Triennial report on the lunatic asylums in the province of Eastern Bengal and Assam - 1903-1911
Year: 1903
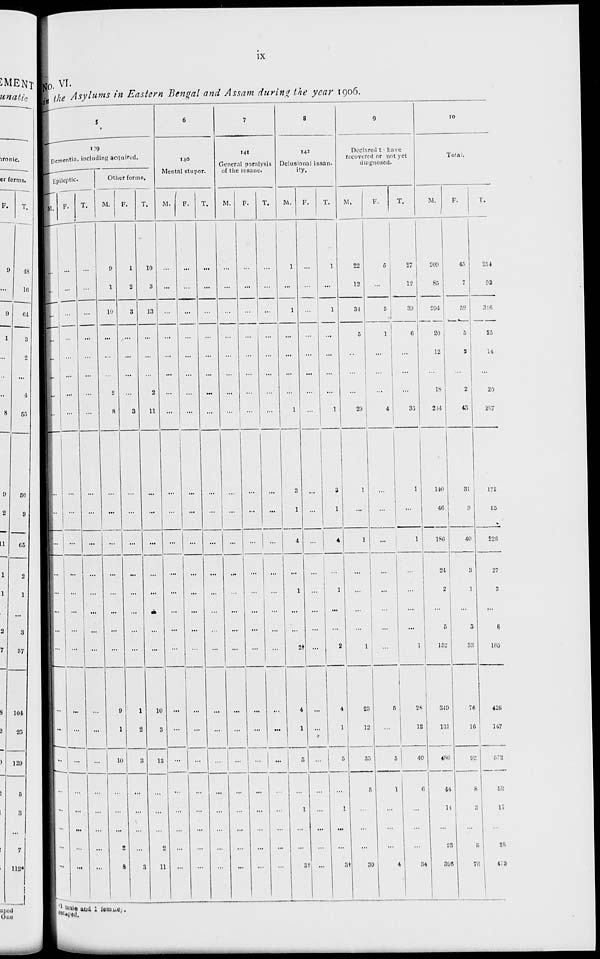
ix
No. VI.
in the Asylums in Eastern Bengal and Assam during the year 1906.
5
139
Dementia, including acquired.
Epileptic.
M.
...
...
...
...
...
...
...
...
...
...
...
...
...
...
...
...
...
...
...
...
...
...
...
...
F.
...
...
...
...
...
...
...
...
...
...
...
...
...
...
...
...
...
...
...
...
...
...
...
...
T.
...
...
...
...
...
...
...
...
...
...
...
...
...
...
...
...
...
...
...
...
...
...
...
...
Other forms.
M.
9
1
10
...
...
...
2
8
...
...
...
...
...
...
...
...
9
1
10
...
...
...
2
8
F.
1
2
3
...
...
...
...
3
...
...
...
...
...
...
...
...
1
2
3
...
...
...
...
3
T.
10
3
13
...
...
...
2
11
...
...
...
...
...
...
...
...
10
3
13
...
...
...
2
11
6
140
Mental stupor.
M.
...
...
...
...
...
...
...
...
...
...
...
...
...
...
...
...
...
...
...
...
...
...
...
...
F.
...
...
...
...
...
...
...
...
...
...
...
...
...
...
...
...
...
...
...
...
...
...
...
...
T.
...
...
...
...
...
...
...
...
...
...
...
...
...
...
...
...
...
...
...
...
...
...
...
...
7
141
General paralysis
of the insane.
M.
...
...
...
...
...
...
...
...
...
...
...
...
...
...
...
...
...
...
...
...
...
...
...
...
F.
...
...
...
...
...
...
...
...
...
...
...
...
...
...
...
...
...
...
...
...
...
...
...
...
T.
...
...
...
...
...
...
...
...
...
...
...
...
...
...
...
...
...
...
...
...
...
...
...
...
8
142
Delusional insan-
ity.
M.
1
...
1
...
...
...
...
1
3
1
4
...
1
...
...
2†
4
1
5
...
1
...
...
3†
F.
...
...
...
...
...
...
...
...
...
...
...
...
...
...
...
...
...
...
...
...
...
...
...
...
T.
1
...
1
...
...
...
. . .
1
3
1
4
...
1
...
...
2
4
1
5
...
1
...
...
3†
9
Declared to have
recovered or not yet
diagnosed.
M.
22
12
34
5
...
...
...
29
1
...
1
...
...
...
...
1
23
12
35
5
...
...
...
30
F.
5
...
5
1
...
...
...
4
...
...
...
...
...
...
...
...
5
...
5
1
...
...
...
4
T.
27
12
39
6
...
...
...
33
1
...
1
...
...
...
...
1
28
12
40
6
...
...
...
34
10
Total.
M.
209
85
294
20
12
...
18
244
140
46
186
24
2
...
5
152
349
131
480
44
14
...
23
396
F.
45
7
52
5
2
...
2
43
31
9
40
3
1
...
3
33
76
16
92
8
3
...
5
76
T.
254
92
346
25
14
...
20
287
171
55
226
27
3
...
8
185
425
147
572
52
17
...
28
472
1 male and 1 female,
escaped.